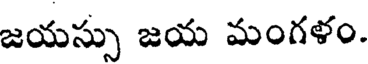
జయస్సు జయ మంగళం.